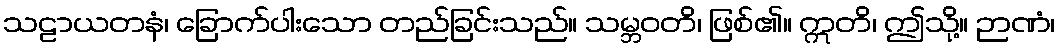
သဠာယတနံ၊ ခြောက်ပါးသော တည်ခြင်းသည်။ သမ္ဘဝတိ၊ ဖြစ်၏။ ဣတိ၊ ဤသို့။ ဉာဏံ၊